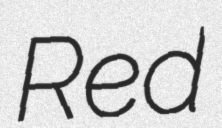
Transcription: Red